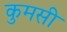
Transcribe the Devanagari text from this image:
कुमसी